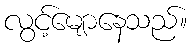
လွင့်မျောနေသည်။